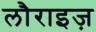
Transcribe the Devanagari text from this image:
लौराइज़